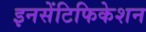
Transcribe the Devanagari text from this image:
इनसेंटिफिकेशन